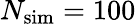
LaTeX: N_{\mathrm{sim}}=100